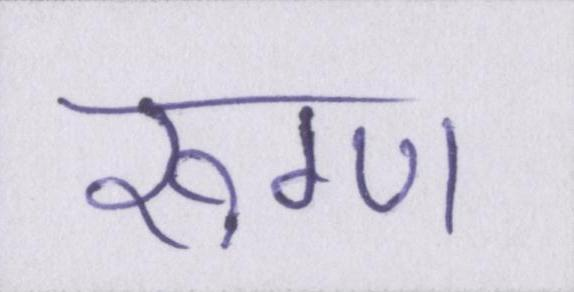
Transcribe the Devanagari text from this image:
रुग्ण